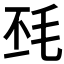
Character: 𣬾